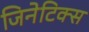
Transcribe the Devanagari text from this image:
जिनेटिक्स